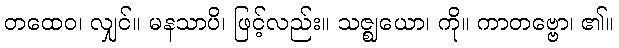
တထေဝ၊ လျှင်။ မနသာပိ၊ ဖြင့်လည်း။ သဇ္ဈယော၊ ကို။ ကာတဗ္ဗော၊ ၏။